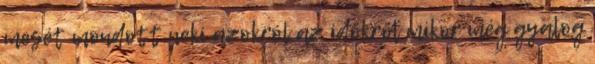
mesét mondott neki azokról az időkről mikor még gyalog